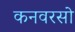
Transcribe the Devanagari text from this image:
कनवरसो